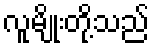
လူမျိုးတို့သည်